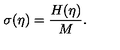
\sigma ( \eta ) = \frac { H ( \eta ) } { M } .